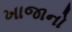
ખાજાનો